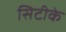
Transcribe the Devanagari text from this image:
सिटीके